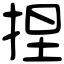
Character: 捏